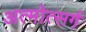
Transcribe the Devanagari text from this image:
अत्मोत्सर्ग